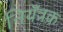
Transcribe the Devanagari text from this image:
नियँत्रक